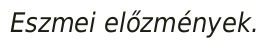
Eszmei előzmények.